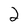
Character: 2